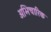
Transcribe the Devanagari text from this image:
अभिचारिक